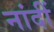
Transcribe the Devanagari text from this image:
नांदीं